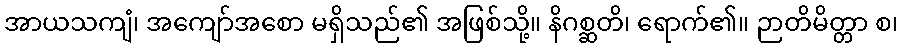
အာယသကျံ၊ အကျော်အစော မရှိသည်၏ အဖြစ်သို့။ နိဂစ္ဆတိ၊ ရောက်၏။ ဉာတိမိတ္တာ စ၊